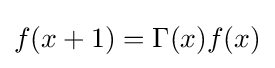
f(x+1)=\Gamma (x)f(x)